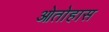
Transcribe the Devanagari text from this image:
ओतोहास